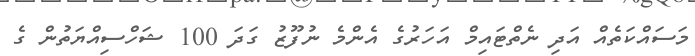
މަސައްކަތެއް އަދި ނެތްޓައިމް އަހަރުގެ އެންމެ ނުފޫޒު ގަދަ 100 ޝަހްސިއްޔަތުން ގެ